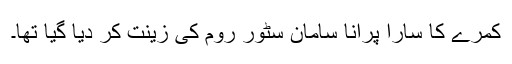
کمرے کا سارا پرانا سامان سٹور روم کی زینت کر دیا گیا تھا۔